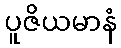
ပူဇိယမာနံ